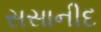
સસાનીદ